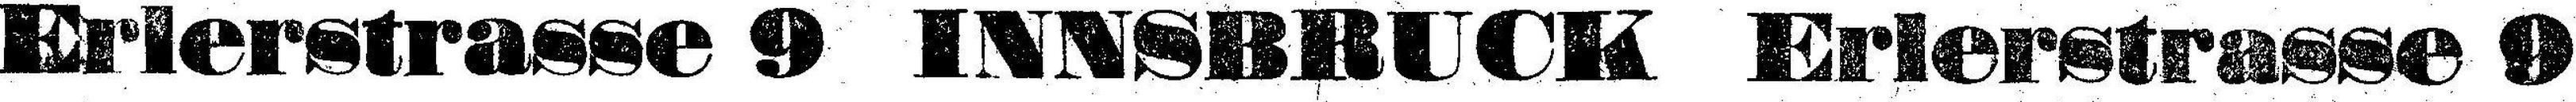
Erlerstrasse 9 INNSBRUCK Erlerstrasse 9